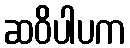
ဆဝိပါပက